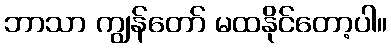
ဘာသာ ကျွန်တော် မထနိုင်တော့ပါ။